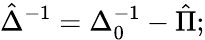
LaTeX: \hat{\Delta}^{-1}=\Delta_{0}^{-1}-\hat{\Pi};